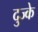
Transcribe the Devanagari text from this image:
दुज्के